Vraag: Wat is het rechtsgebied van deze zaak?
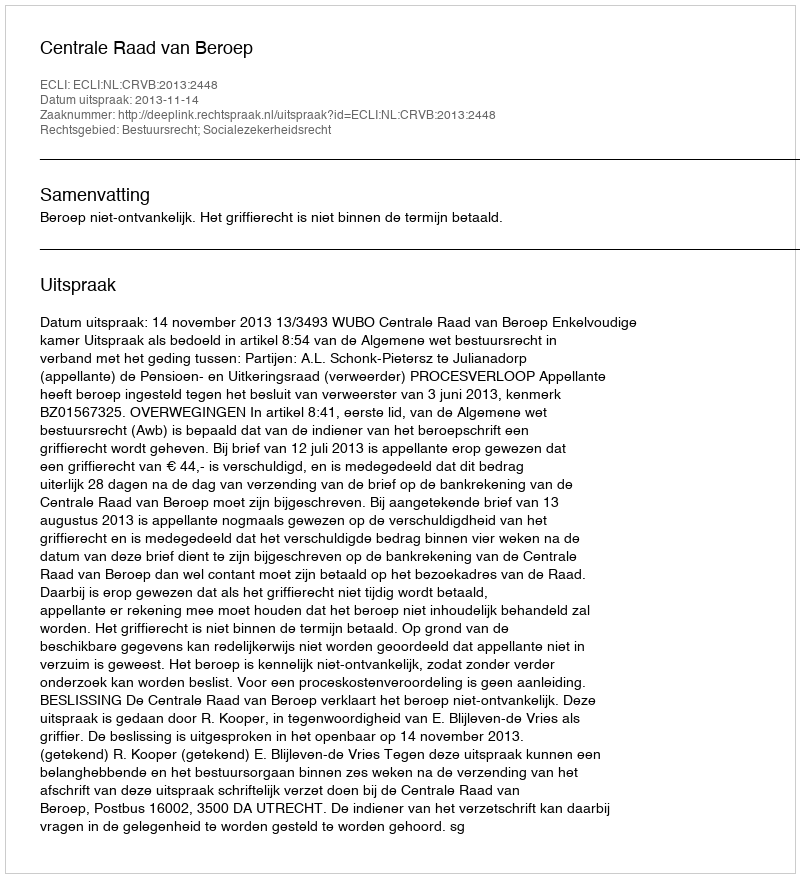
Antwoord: Bestuursrecht; Socialezekerheidsrecht